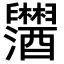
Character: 𬜂